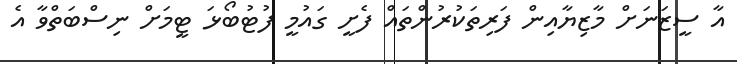
އާ ސީޒަނަށް މާޒިޔާއިން ފަރިތަކުރުންތައް ފެށީ ގައުމީ ފުޓުބޯޅަ ޓީމަށް ނިސްބަތްވާ އެ